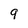
Character: 9